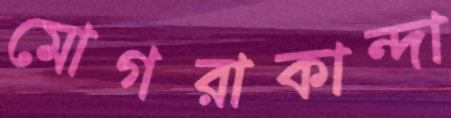
মোগরাকান্দা